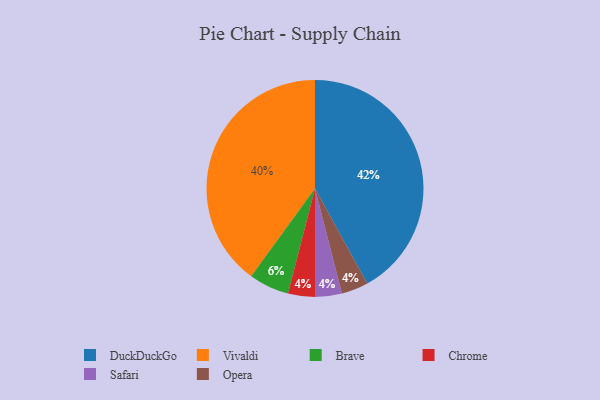
{"axis": {"x": "Category", "y": "Percentage"}, "legend": ["Brave", "Chrome", "DuckDuckGo", "Opera", "Safari", "Vivaldi"], "data": [{"x": "Chrome", "y": 4, "type": "Chrome"}, {"x": "Brave", "y": 6, "type": "Brave"}, {"x": "DuckDuckGo", "y": 42, "type": "DuckDuckGo"}, {"x": "Vivaldi", "y": 40, "type": "Vivaldi"}, {"x": "Safari", "y": 4, "type": "Safari"}, {"x": "Opera", "y": 4, "type": "Opera"}]}